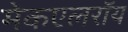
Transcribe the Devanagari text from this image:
मेकएलरॉय